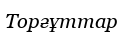
Торғұттар